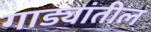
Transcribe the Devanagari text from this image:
गाड्यांतील